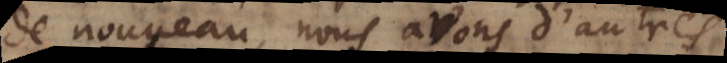
de nouveau, nous avons d’autres